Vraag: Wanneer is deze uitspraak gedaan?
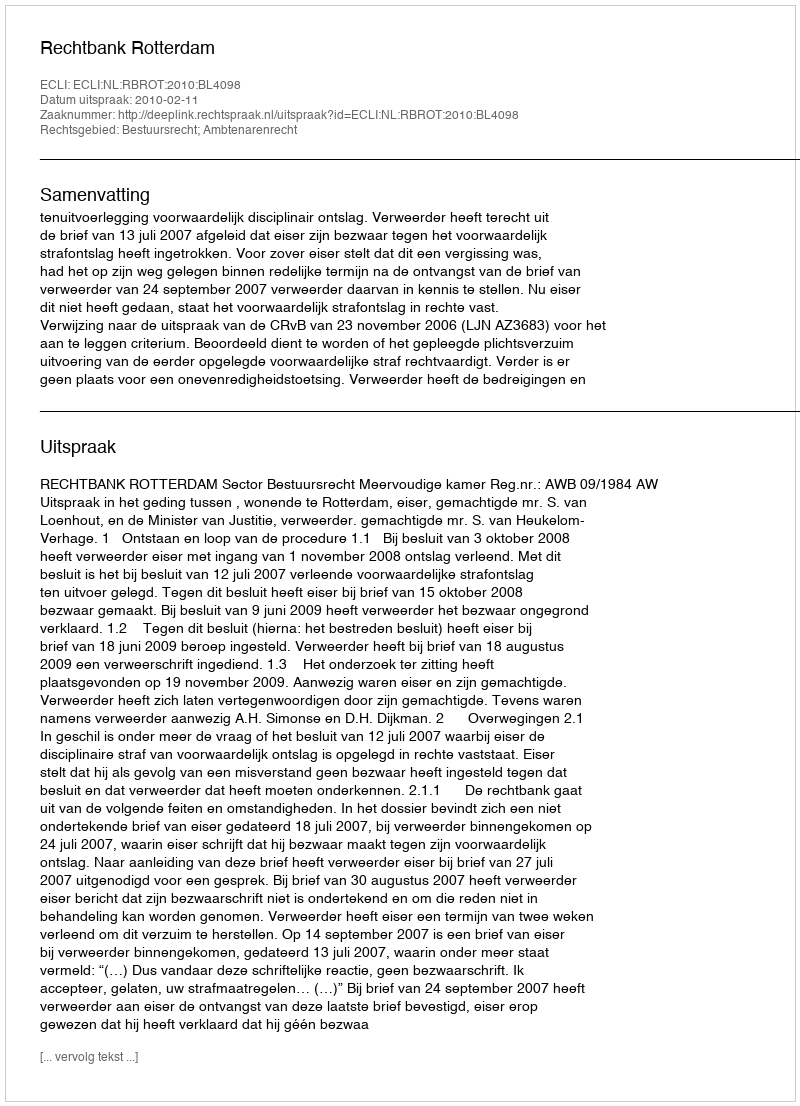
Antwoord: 2010-02-11